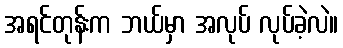
အရင်တုန်းက ဘယ်မှာ အလုပ် လုပ်ခဲ့လဲ။